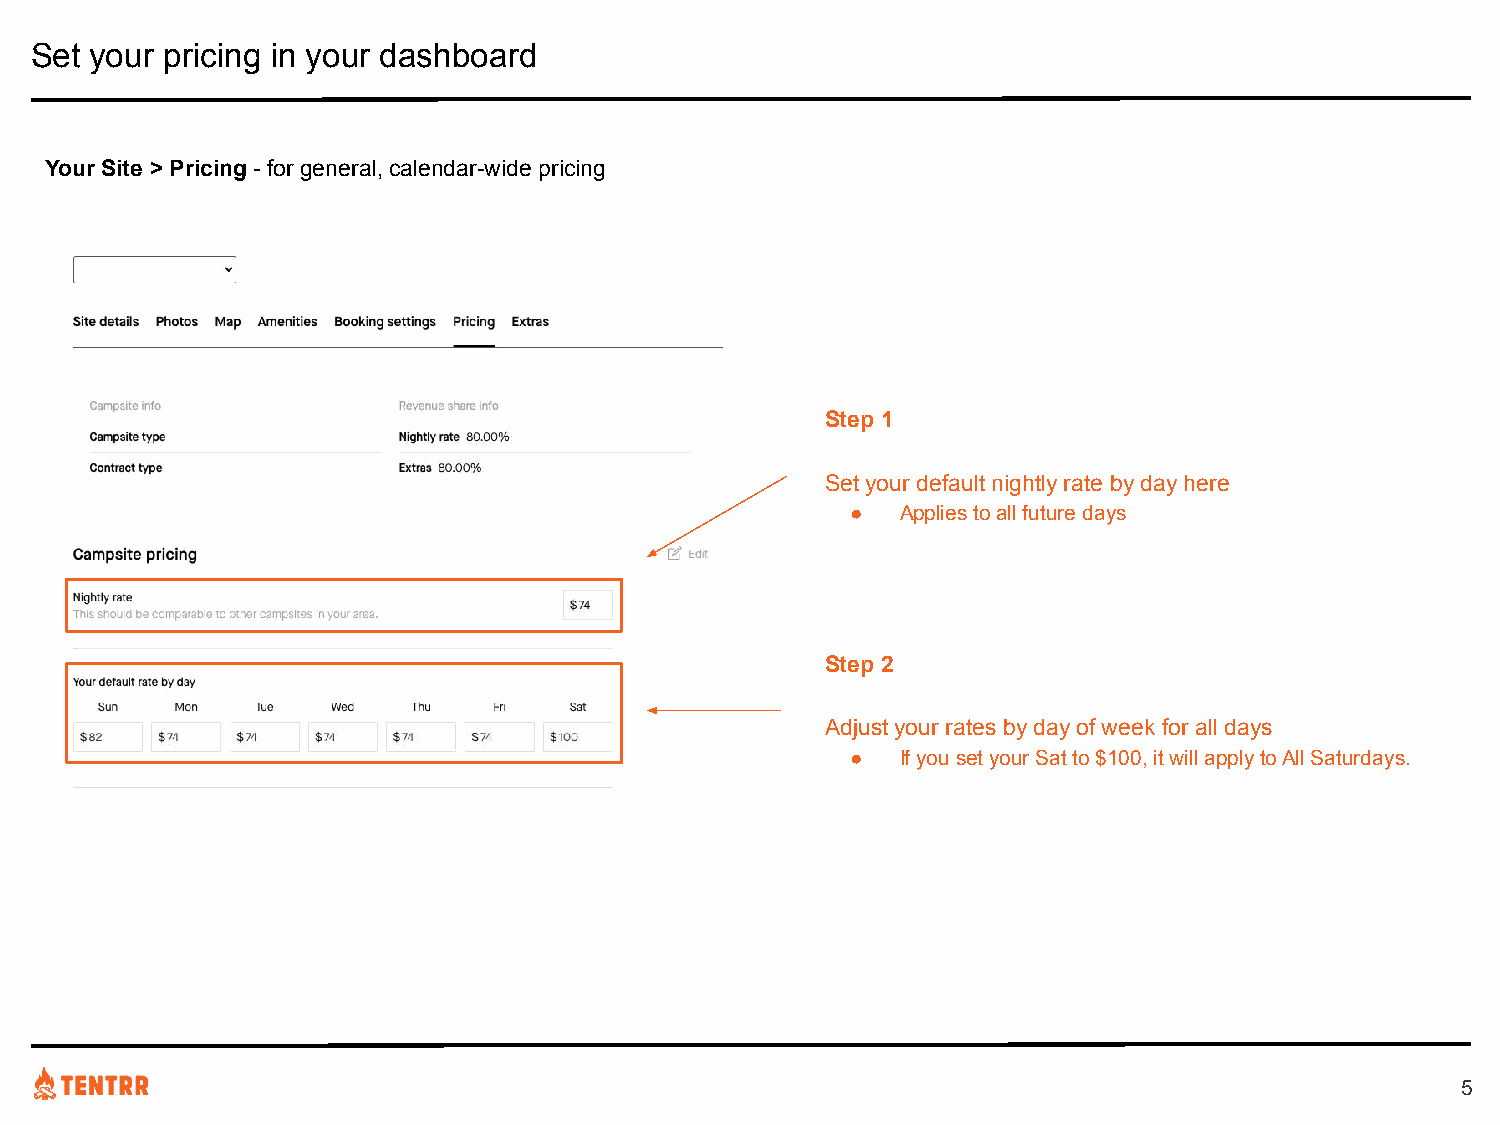
Set your pricing in your dashboard
 Your Site > Pricing - for general, calendar-wide pricing
 Step 1
 Set your default nightly rate by day here
 ●   Applies to all future days
 Step 2
 Adjust your rates by day of week for all days
 ●   If you set your Sat to $100, it will apply to All Saturdays.
 5